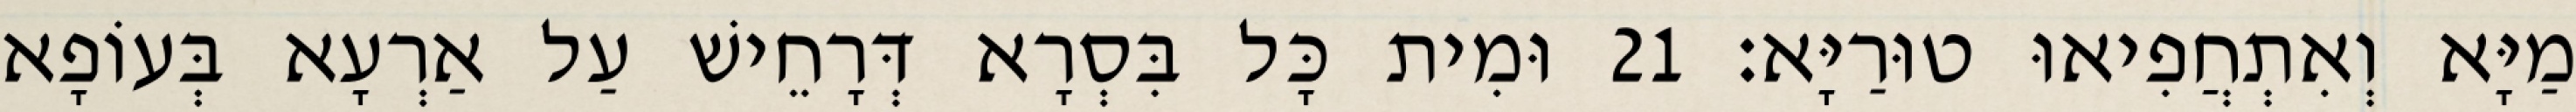
מַיָּא וְאִתְחֲפִיאוּ טוּרַיָּא׃ 21 וּמִית כָּל בִּסְרָא דְּרָחֵישׁ עַל אַרְעָא בְּעוֹפָא